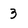
Character: 3